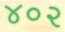
૪૦૨